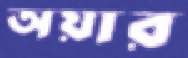
অয়ার